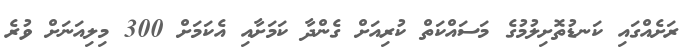
ރަށެއްގައި ކަނޑުތޮށިލުމުގެ މަަސައްކަތް ކުރިއަށް ގެންދާ ކަމަށާއި އެކަމަށް 300 މިލިއަނަށް ވުރެ